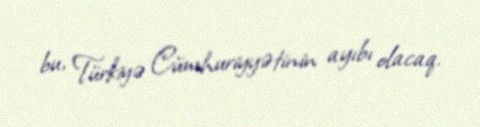
bu, Türkiyə Cümhuriyyətinin ayıbı olacaq.